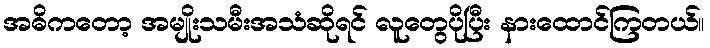
အဓိကတော့ အမျိုးသမီးအသံဆိုရင် လူတွေပိုပြီး နားထောင်ကြတယ်။